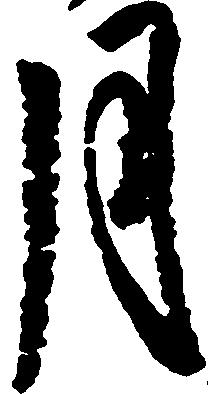
月